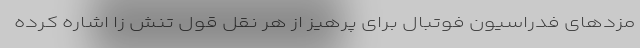
مزدهای فدراسیون فوتبال برای پرهیز از هر نقل قول تنش زا اشاره کرده